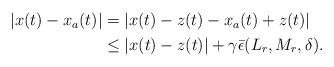
LaTeX: \begin{align*} \begin{aligned}|x(t)-x_a(t)|&=|x(t)-z(t)-x_a(t)+z(t)| \\ & \leq |x(t)-z(t)| +\gamma \bar \epsilon(L_r,M_r, \delta).\end{aligned}\end{align*}